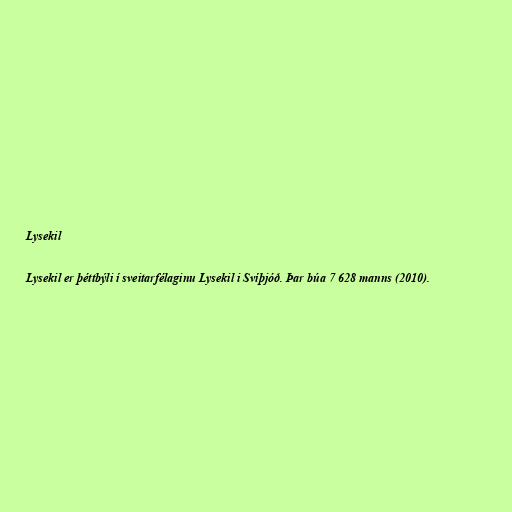
Lysekil

Lysekil er þéttbýli í sveitarfélaginu Lysekil i Svíþjóð. Þar búa 7 628 manns (2010).